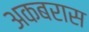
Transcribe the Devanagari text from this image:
अकबरास